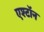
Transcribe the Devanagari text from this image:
एश्टॉन